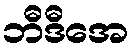
ဘီဒီအေ